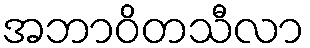
အဘာဝိတသီလာ